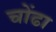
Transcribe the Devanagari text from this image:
चोंढा